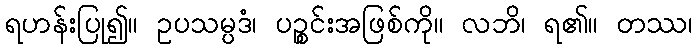
ရဟန်းပြု၍။ ဥပသမ္ပဒံ၊ ပဉ္စင်းအဖြစ်ကို။ လဘိ၊ ရ၏။ တဿ၊